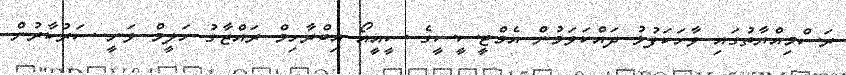
ރަސްމިއްޔާތުގައި ވާހަކަފުޅު ދައްކަވަމުން އެމްޓީސީސީގެ ސީއީއޯ އިބްރާހިމް ރައްޒާގު ހަލީމް ވަނީ ސަރުކާރުން